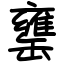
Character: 罋